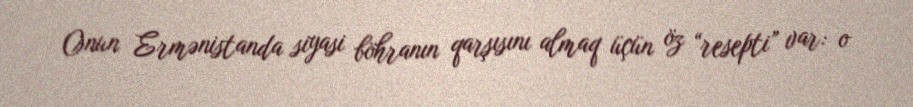
Onun Ermənistanda siyasi böhranın qarşısını almaq üçün öz “resepti” var: o